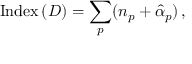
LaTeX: \mathrm { I n d e x } \, ( { \cal D } ) = \sum _ { p } ( n _ { p } + \hat { \alpha } _ { p } ) \, ,